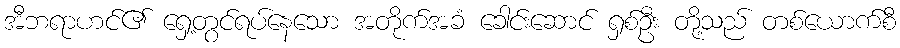
အီဘရာဟင်၏ ရှေ့တွင်ရပ်နေသော အတိုက်အခံ ခေါင်းဆောင် ရှစ်ဦး တို့သည် တစ်ယောက်စီ